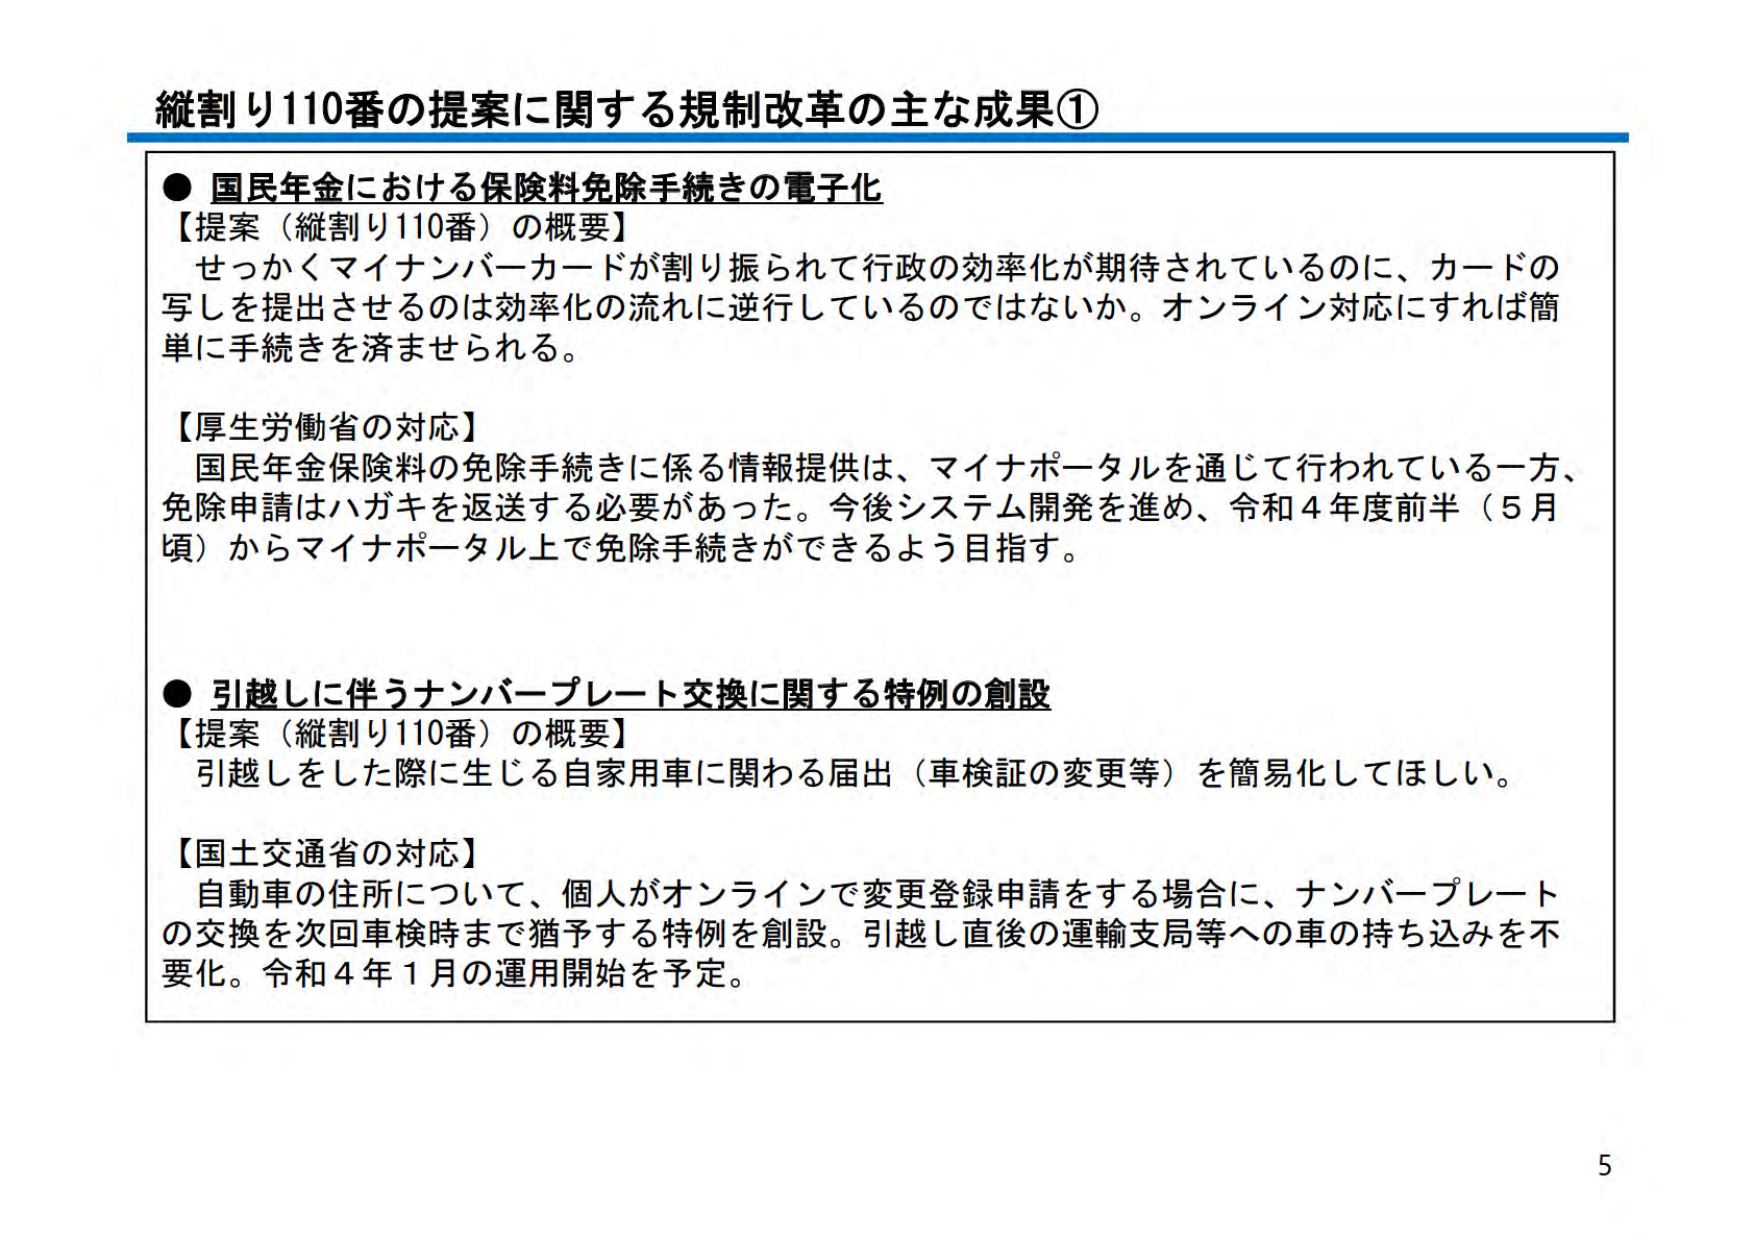
縦割り110番の提案に関する規制改革の主な成果①

● 国民年金における保険料免除手続きの電子化
【提案（縦割り110番）の概要】
せっかくマイナンバーカードが割り振られて行政の効率化が期待されているのに、カードの
写しを提出させるのは効率化の流れに逆行しているのではないか。オンライン対応にすれば簡
単に手続きを済ませられる。

【厚生労働省の対応】
国民年金保険料の免除手続きに係る情報提供は、マイナポータルを通じて行われている一方、
免除申請はハガキを返送する必要があった。今後システム開発を進め、令和4年度前半（5月
頃）からマイナポータル上で免除手続きができるよう目指す。

● 引越しに伴うナンバープレート交換に関する特例の創設
【提案（縦割り110番）の概要】
引越しをした際に生じる自家用車に関わる届出（車検証の変更等）を簡易化してほしい。

【国土交通省の対応】
自動車の住所について、個人がオンラインで変更登録申請をする場合に、ナンバープレート
の交換を次回車検時まで猶予する特例を創設。引越し直後の運輸支局等への車の持ち込みを不
要化。令和4年1月の運用開始を予定。

5